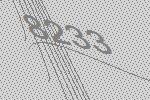
8233